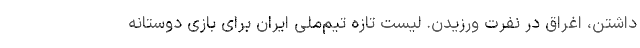
داشتن، اغراق در نفرت ورزیدن. لیست تازه تیم‌ملی ایران برای بازی دوستانه